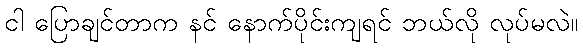
ငါ ပြောချင်တာက နင် နောက်ပိုင်းကျရင် ဘယ်လို လုပ်မလဲ။